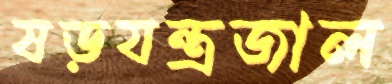
ষড়যন্ত্রজাল